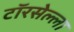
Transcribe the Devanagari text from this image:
टॉरसेल्ला